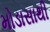
મોડાસાથી